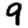
Digit: 9